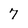
Character: 7